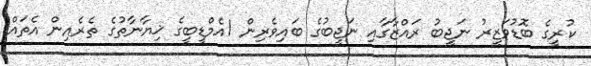
ކުރީގެ ބޮޑުވަޒީރު ނަޖީބު ރައްޒާގާއި ނަޖީބުގެ ބައިވެރިން 1އެމްޑީބީގެ ޚިޔާނާތުގެ ތެރެއިން އެތައް